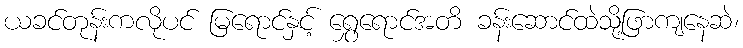
ယခင်တုန်းကလိုပင် မြရောင်နှင့် ရွှေရောင်အတိ ခန်းဆောင်ထဲသို့ဖြာကျနေဆဲ၊